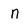
Character: n